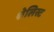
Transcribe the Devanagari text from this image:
शेलिस्ट